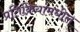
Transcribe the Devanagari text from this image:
प्रतिक्रियांमधील